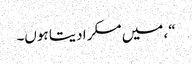
“، میں مسکرا دیتا ہوں۔